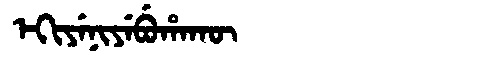
Manchu: ᡝᡴᡳᠶᡝᠨᡳᠶᡝᠪᡠᡥᠠᡴᡡ
Romanization: EKIYENIYEBUHAKŪ